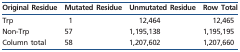
| Original Residue | Mutated Residue | Unmutated Residue | Row Total |
 | --- | --- | --- | --- |
 | Trp | 1 | 12,464 | 12,465 |
 | Non-Trp | 57 | 1,195,138 | 1,195,195 |
 | Column total | 58 | 1,207,602 | 1,207,660 |